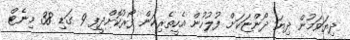
ދިޔަވަމުން ދިޔަ ދޯންޏަކަށް ފުލުހުން އެހީތެރިކަން ފޯރުކޮށްދީފި 9 ގަޑި 38 މިނެޓް